Annual report of the Punjab Veterinary College and of the Civil Veterinary Department, Punjab - 1920-1925
Year: 1920
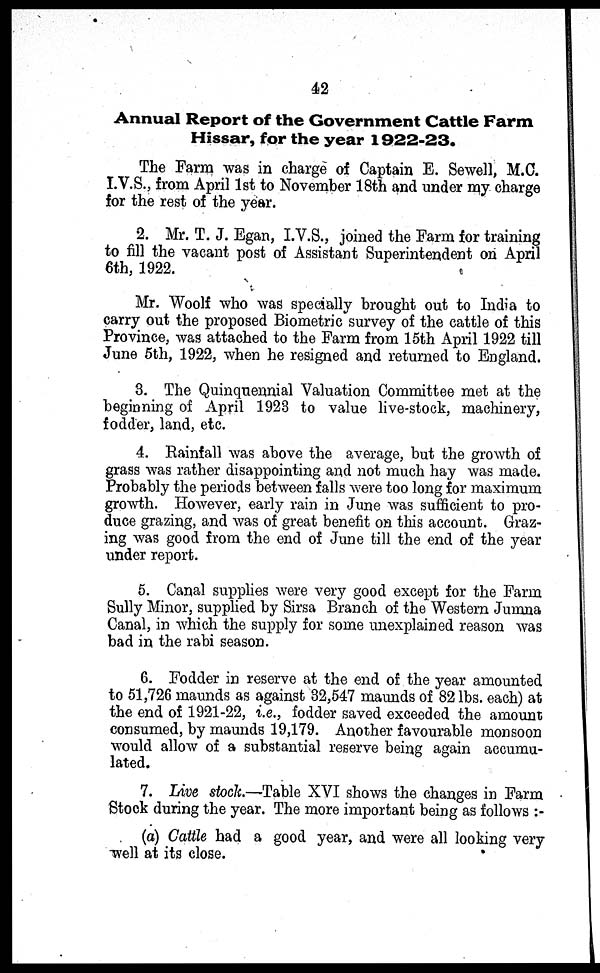
42
Annual Report of the Government Cattle Farm
Hissar, for the year 1922-23.
The Farm was in charge of Captain E. Sewell, M.C.
I.V.S., from April 1st to November 18th and under my charge
for the rest of the year.
2. Mr. T. J. Egan, I.V.S., joined the Farm for training
to fill the vacant post of Assistant Superintendent on April
6th, 1922.
Mr. Woolf who was specially brought out to India to
carry out the proposed Biometric survey of the cattle of this
Province, was attached to the Farm from 15th April 1922 till
June 5th, 1922, when he resigned and returned to England.
3. The Quinquennial Valuation Committee met at the
beginning of April 1923 to value live-stock, machinery,
fodder, land, etc.
4. Rainfall was above the average, but the growth of
grass was rather disappointing and not much hay was made.
Probably the periods between falls were too long for maximum
growth. However, early rain in June was sufficient to pro-
duce grazing, and was of great benefit on this account. Graz-
ing was good from the end of June till the end of the year
under report.
5. Canal supplies were very good except for the Farm
Sully Minor, supplied by Sirsa Branch of the Western Jumna
Canal, in which the supply for some unexplained reason was
bad in the rabi season.
6. Fodder in reserve at the end of the year amounted
to 51,726 maunds as against 32,547 maunds of 82 lbs. each) at
the end of 1921-22, i.e., fodder saved exceeded the amount
consumed, by maunds 19,179. Another favourable monsoon
would allow of a substantial reserve being again accumu-
lated.
7. Live stock.—Table XVI shows the changes in Farm
Stock during the year. The more important being as follows :-
(a) Cattle had a good year, and were all looking very
well at its close.